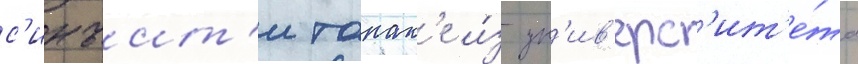
с'инъит'и танак'е и́з ун'ив'ерс'ит'е́та